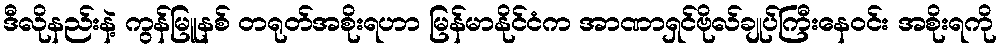
ဒီလိုနည်းနဲ့ ကွန်မြူနစ် တရုတ်အစိုးရဟာ မြန်မာနိုင်ငံက အာဏာရှင်ဗိုလ်ချုပ်ကြီးနေဝင်း အစိုးရကို